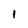
Character: I